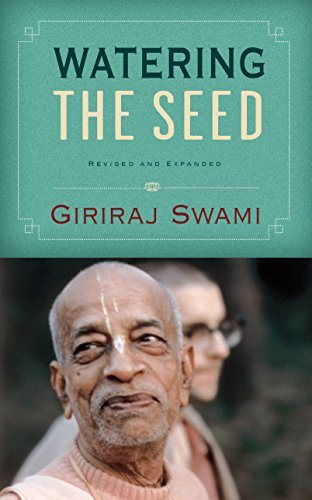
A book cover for Watering the Seed; Giriraj Swami; Religion & Spirituality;